画像に写った文字を読んでください
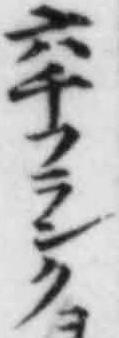
「六千フランク」と書いてあります